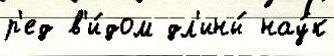
р'ед в'и́дом дл'ины́ нау́к